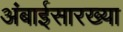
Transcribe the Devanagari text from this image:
अंबाईसारख्या